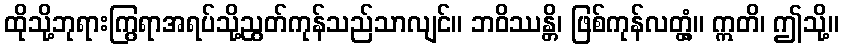
ထိုသို့ဘုရားကြွရာအရပ်သို့ညွတ်ကုန်သည်သာလျင်။ ဘဝိဿန္တိ၊ ဖြစ်ကုန်လတ္တံ့။ ဣတိ၊ ဤသို့။